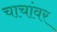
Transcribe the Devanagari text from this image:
चाचांवर